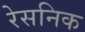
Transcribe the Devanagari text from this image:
रेसनिक